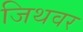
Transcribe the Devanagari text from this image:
जिथवर